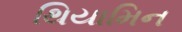
થિયામિન